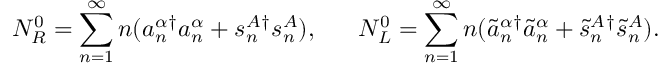
N _ { R } ^ { 0 } = \sum _ { n = 1 } ^ { \infty } n ( a _ { n } ^ { \alpha } { } ^ { \dagger } a _ { n } ^ { \alpha } + s _ { n } ^ { A } { } ^ { \dagger } s _ { n } ^ { A } ) , ~ ~ ~ ~ ~ N _ { L } ^ { 0 } = \sum _ { n = 1 } ^ { \infty } n ( \tilde { a } _ { n } ^ { \alpha } { } ^ { \dagger } \tilde { a } _ { n } ^ { \alpha } + \tilde { s } _ { n } ^ { A } { } ^ { \dagger } \tilde { s } _ { n } ^ { A } ) .